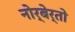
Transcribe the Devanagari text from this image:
नोर्बेर्तो